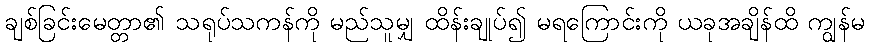
ချစ်ခြင်းမေတ္တာ၏ သရုပ်သကန်ကို မည်သူမျှ ထိန်းချုပ်၍ မရကြောင်းကို ယခုအချိန်ထိ ကျွန်မ